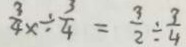
\frac { 3 } { 4 } x \div \frac { 3 } { 4 } = \frac { 3 } { 2 } \div \frac { 3 } { 4 }